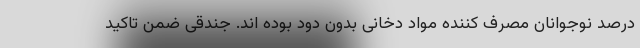
درصد نوجوانان مصرف کننده مواد دخانی بدون دود بوده اند. جندقی ضمن تاکید